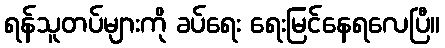
ရန်သူတပ်များကို ခပ်ရေး ရေးမြင်နေရလေပြီ။